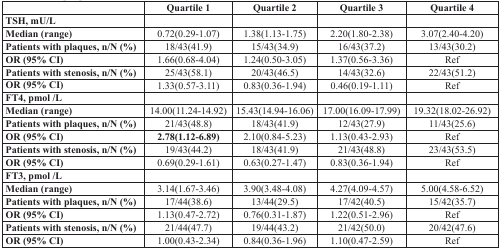
<table><thead><tr><td></td><td><b>Quartile 1</b></td><td><b>Quartile 2</b></td><td><b>Quartile 3</b></td><td><b>Quartile 4</b></td></tr></thead><tbody><tr><td><b>TSH, mU/L</b></td><td></td><td></td><td></td><td></td></tr><tr><td><b>Median (range)</b></td><td>0.72(0.29-1.07)</td><td>1.38(1.13-1.75)</td><td>2.20(1.80-2.38)</td><td>3.07(2.40-4.20)</td></tr><tr><td><b>Patients with plaques, n/N (%)</b></td><td>18/43(41.9)</td><td>15/43(34.9)</td><td>16/43(37.2)</td><td>13/43(30.2)</td></tr><tr><td><b>OR (95% CI)</b></td><td>1.66(0.68-4.04)</td><td>1.24(0.50-3.05)</td><td>1.37(0.56-3.36)</td><td>Ref</td></tr><tr><td><b>Patients with stenosis, n/N (%)</b></td><td>25/43(58.1)</td><td>20/43(46.5)</td><td>14/43(32.6)</td><td>22/43(51.2)</td></tr><tr><td><b>OR (95% CI)</b></td><td>1.33(0.57-3.11)</td><td>0.83(0.36-1.94)</td><td>0.46(0.19-1.11)</td><td>Ref</td></tr><tr><td><b>FT4, pmol /L</b></td><td></td><td></td><td></td><td></td></tr><tr><td><b>Median (range)</b></td><td>14.00(11.24-14.92)</td><td>15.43(14.94-16.06)</td><td>17.00(16.09-17.99)</td><td>19.32(18.02-26.92)</td></tr><tr><td><b>Patients with plaques, n/N (%)</b></td><td>21/43(48.8)</td><td>18/43(41.9)</td><td>12/43(27.9)</td><td>11/43(25.6)</td></tr><tr><td><b>OR (95% CI)</b></td><td><b>2.78(1.12-6.89)</b></td><td>2.10(0.84-5.23)</td><td>1.13(0.43-2.93)</td><td>Ref</td></tr><tr><td><b>Patients with stenosis, n/N (%)</b></td><td>19/43(44.2)</td><td>18/43(41.9)</td><td>21/43(48.8)</td><td>23/43(53.5)</td></tr><tr><td><b>OR (95% CI)</b></td><td>0.69(0.29-1.61)</td><td>0.63(0.27-1.47)</td><td>0.83(0.36-1.94)</td><td>Ref</td></tr><tr><td><b>FT3, pmol /L</b></td><td></td><td></td><td></td><td></td></tr><tr><td><b>Median (range)</b></td><td>3.14(1.67-3.46)</td><td>3.90(3.48-4.08)</td><td>4.27(4.09-4.57)</td><td>5.00(4.58-6.52)</td></tr><tr><td><b>Patients with plaques, n/N (%)</b></td><td>17/44(38.6)</td><td>13/44(29.5)</td><td>17/42(40.5)</td><td>15/42(35.7)</td></tr><tr><td><b>OR (95% CI)</b></td><td>1.13(0.47-2.72)</td><td>0.76(0.31-1.87)</td><td>1.22(0.51-2.96)</td><td>Ref</td></tr><tr><td><b>Patients with stenosis, n/N (%)</b></td><td>21/44(47.7)</td><td>19/44(43.2)</td><td>21/42(50.0)</td><td>20/42(47.6)</td></tr><tr><td><b>OR (95% CI)</b></td><td>1.00(0.43-2.34)</td><td>0.84(0.36-1.96)</td><td>1.10(0.47-2.59)</td><td>Ref</td></tr></tbody></table>